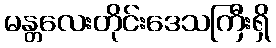
မန္တလေးတိုင်းဒေသကြီးရှိ